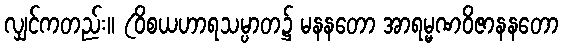
လျှင်ကတည်း။ (ဝိစယဟာရသမ္ပာတ၌ မနနတော အာရမ္မဏဝိဇာနနတော